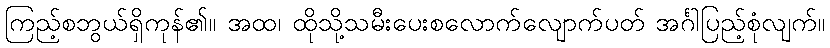
ကြည့်စဘွယ်ရှိကုန်၏။ အထ၊ ထိုသို့သမီးပေးစလောက်လျောက်ပတ် အင်္ဂါပြည့်စုံလျက်။